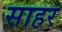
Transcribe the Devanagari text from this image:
साहर